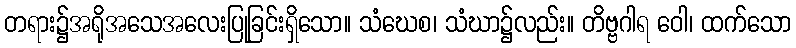
တရား၌အရိုအသေအလေးပြုခြင်းရှိသော။ သံဃေစ၊ သံဃာ၌လည်း။ တိဗ္ဗဂါရ ဝေါ၊ ထက်သော